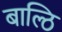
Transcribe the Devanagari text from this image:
बाल्ठि